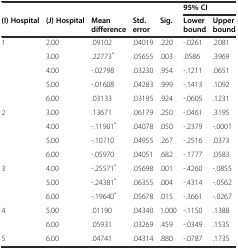
| <COLSPAN=5>  | <COLSPAN=2> 95% CI |
 | (I) Hospital | (J) Hospital | Mean difference | Std. error | Sig. | Lower bound | Upper bound |
 | --- | --- | --- | --- | --- | --- | --- |
 | 1 | 2.00 | .09102 | .04019 | .220 | -.0261 | .2081 |
 |  | 3.00 | .22773* | .05655 | .003 | .0586 | .3969 |
 |  | 4.00 | -.02798 | .03230 | .954 | -.1211 | .0651 |
 |  | 5.00 | -.01608 | .04283 | .999 | -.1413 | .1092 |
 |  | 6.00 | .03133 | .03195 | .924 | -.0605 | .1231 |
 | 2 | 3.00 | .13671 | .06179 | .250 | -.0461 | .3195 |
 |  | 4.00 | -.11901* | .04078 | .050 | -.2379 | -.0001 |
 |  | 5.00 | -.10710 | .04955 | .267 | -.2516 | .0373 |
 |  | 6.00 | -.05970 | .04051 | .682 | -.1777 | .0583 |
 | 3 | 4.00 | -.25571* | .05698 | .001 | -.4260 | -.0855 |
 |  | 5.00 | -.24381* | .06355 | .004 | -.4314 | -.0562 |
 |  | 6.00 | -.19640* | .05678 | .015 | -.3661 | -.0267 |
 | 4 | 5.00 | .01190 | .04340 | 1.000 | -.1150 | .1388 |
 |  | 6.00 | .05931 | .03269 | .459 | -.0349 | .1535 |
 | 5 | 6.00 | .04741 | .04314 | .880 | -.0787 | .1735 |